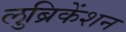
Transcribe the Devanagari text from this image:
लुब्रिकेंशन